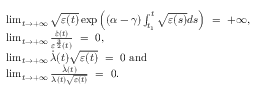
\begin{array} { r l } & { \operatorname* { l i m } _ { t \to + \infty } \sqrt { \varepsilon ( t ) } \exp \left( ( \alpha - \gamma ) \int _ { t _ { 1 } } ^ { t } \sqrt { \varepsilon ( s ) } d s \right) \ = \ + \infty , } \\ & { \operatorname* { l i m } _ { t \to + \infty } \frac { \dot { \varepsilon } ( t ) } { \varepsilon ^ { \frac { 3 } { 2 } } ( t ) } \ = \ 0 , } \\ & { \operatorname* { l i m } _ { t \to + \infty } \dot { \lambda } ( t ) \sqrt { \varepsilon ( t ) } \ = \ 0 \mathrm { ~ a n d ~ } } \\ & { \operatorname* { l i m } _ { t \to + \infty } \frac { \dot { \lambda } ( t ) } { \lambda ( t ) \sqrt { \varepsilon ( t ) } } \ = \ 0 . } \end{array}